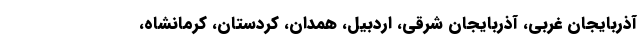
آذربایجان غربی، آذربایجان شرقی، اردبیل، همدان، کردستان، کرمانشاه،